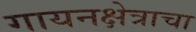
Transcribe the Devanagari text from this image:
गायनक्षेत्राचा